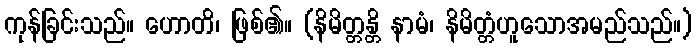
ကုန်ခြင်းသည်။ ဟောတိ၊ ဖြစ်၏။ (နိမိတ္တန္တိ နာမံ၊ နိမိတ္တံဟူသောအမည်သည်။)